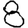
Digit: 8